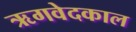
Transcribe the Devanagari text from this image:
ऋगवेदकाल